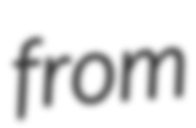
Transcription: from